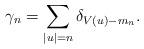
LaTeX: \begin{align*} \gamma_n = \sum_{|u|=n} \delta_{V(u) - m_n}.\end{align*}